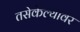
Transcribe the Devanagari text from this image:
तसेकेल्यावर